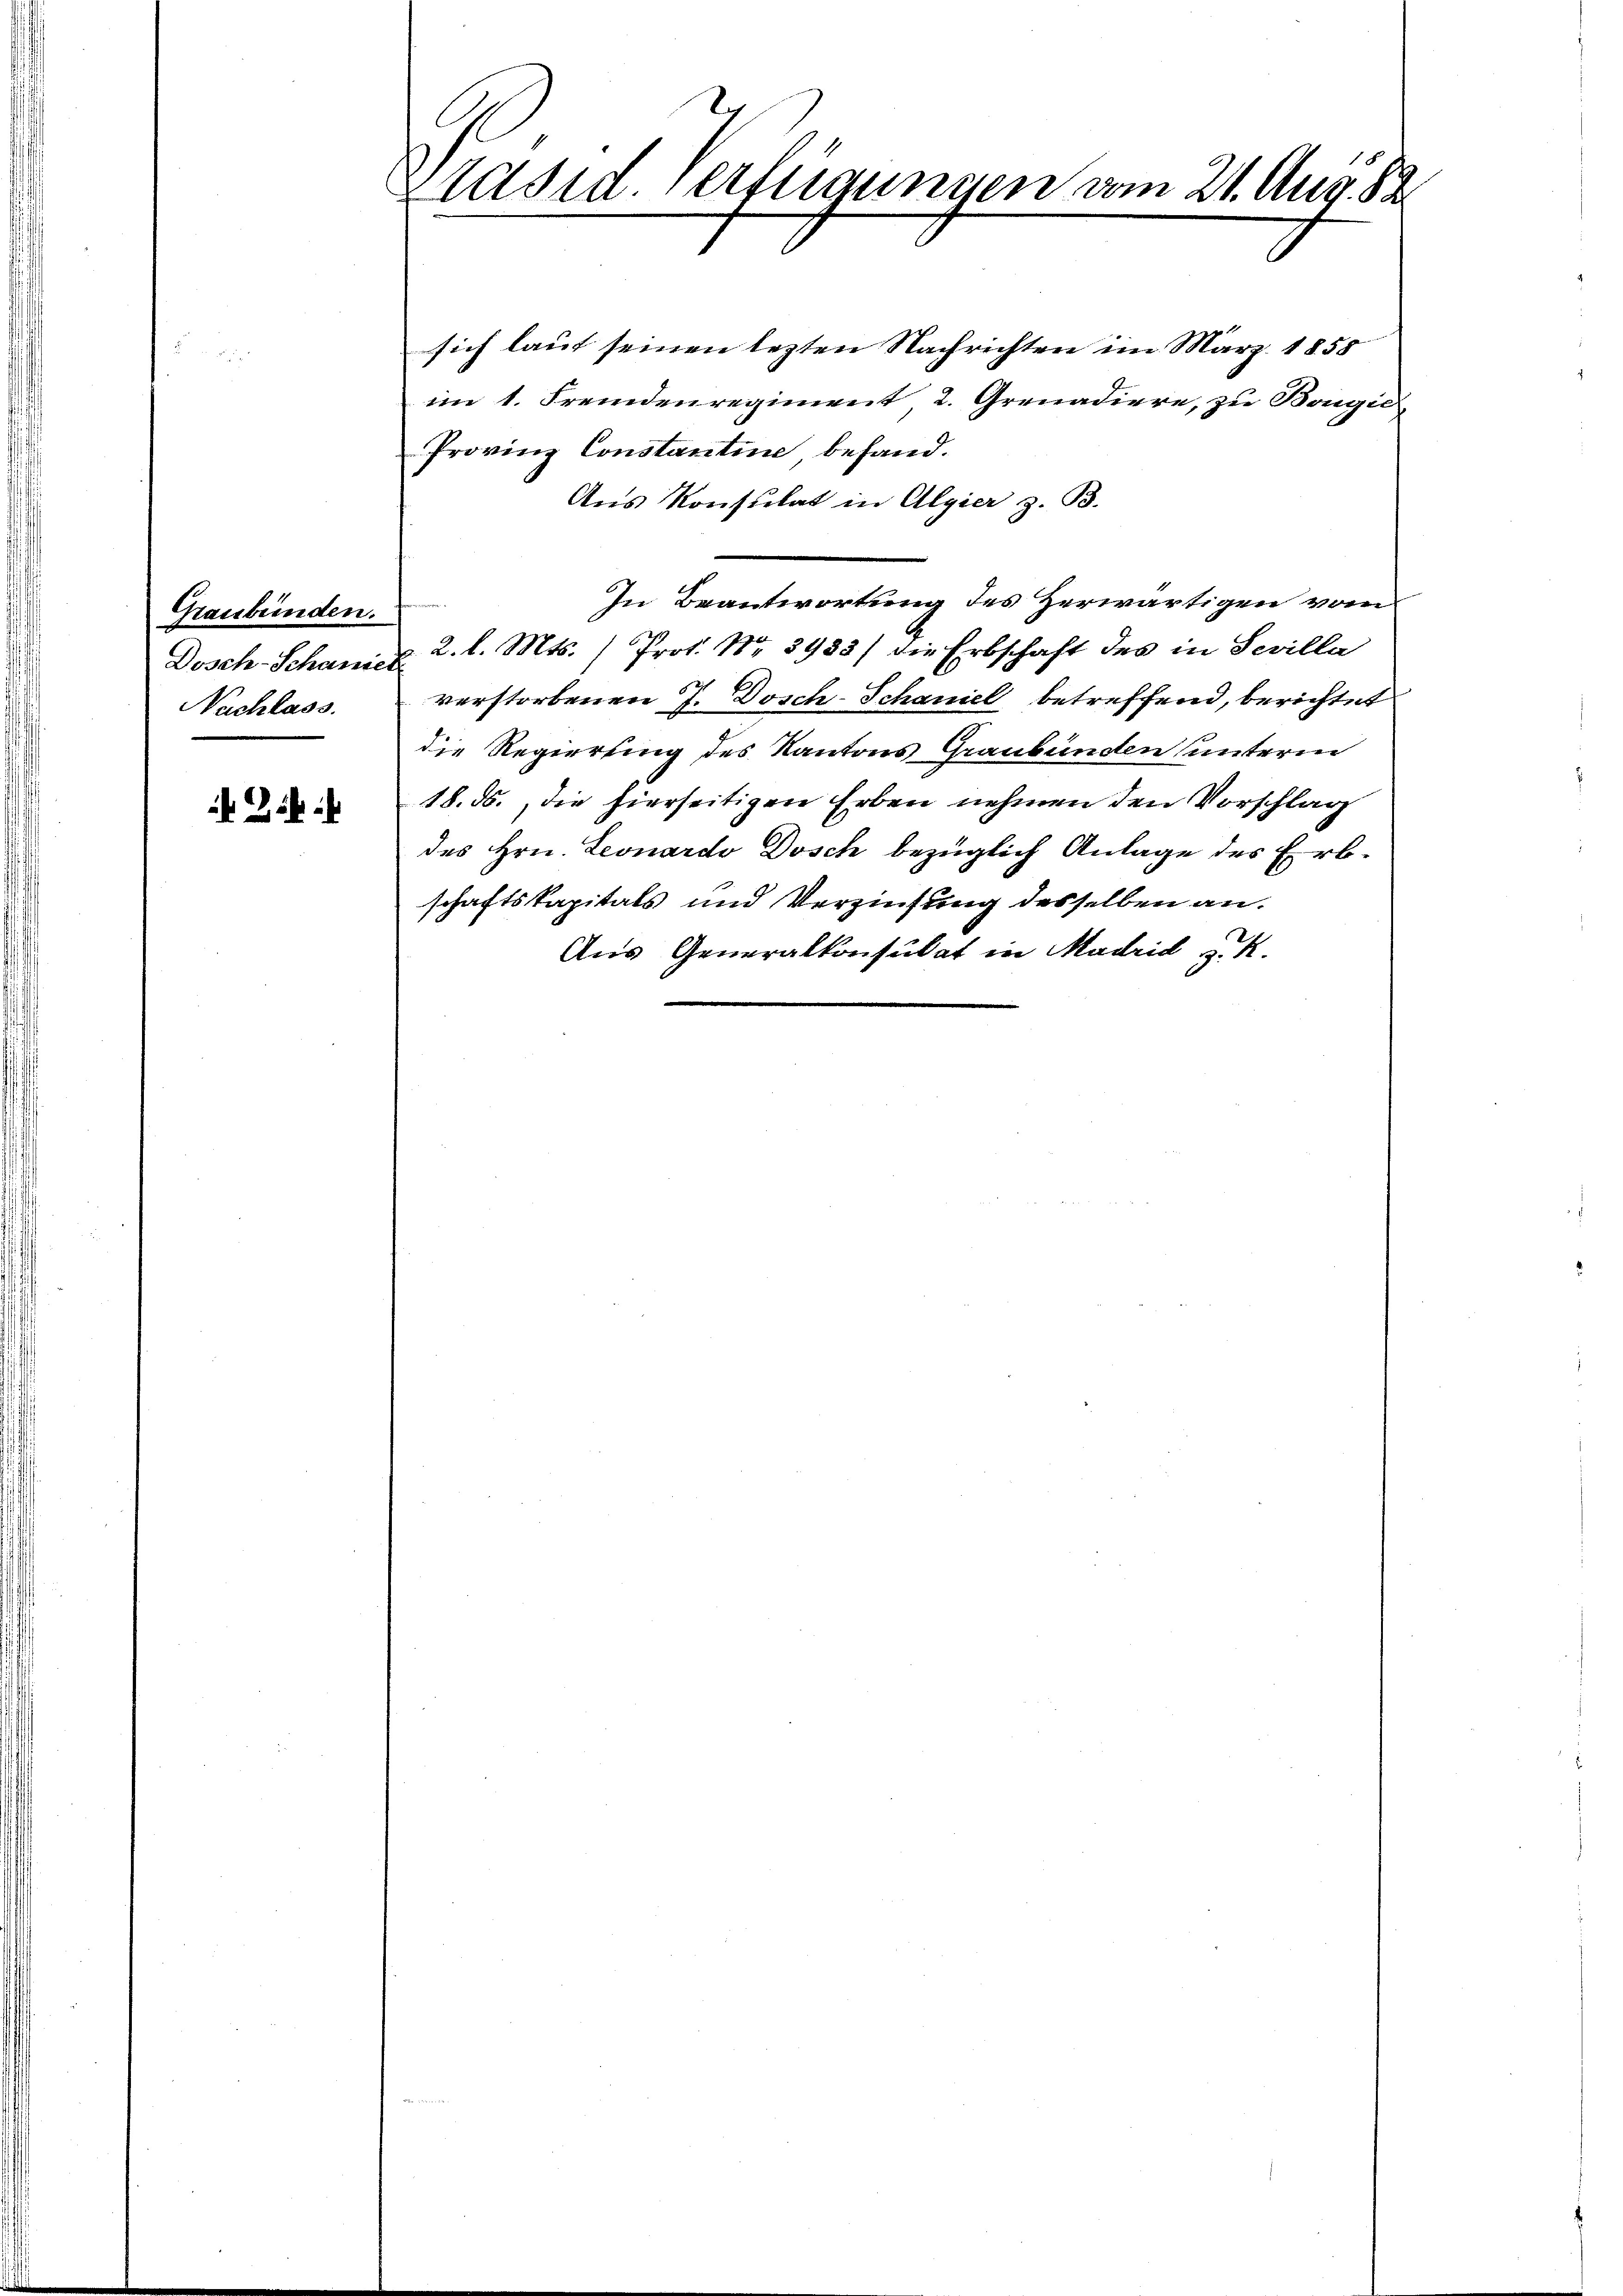
Graubünden.
Dosch-Schanieli
Nachlass.

Zif.

Brasid Verfügungen vom 21. Aug. 82

sich laut seinen lezten Nachrichten im März 1858
im 1. Fremdenregiment, 2. Grenadiere, zu Bougić,
Provinz Constantine befand.
Aus Konsulat in Algier z. B.
In Beantwortung des Herwärtigen vom
2. l. Mts. (Prot. No 3983/ die Erbschaft des in Sevilla
verstorbenen J. Dosch-Schaniel betreffend, berichtet
die Regierung des Kantons Graubünden unterm
18. ds., die hierseitigen Erben nehmen den Vorschlag
des Hrn. Leonardo Dosch bezüglich Anlage des Erbschaftskapitals und Verzinsung desselben an.
Aus Generalkonsulat in Madrid z. R.